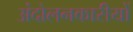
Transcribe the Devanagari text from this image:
अंदोलनकारीयों